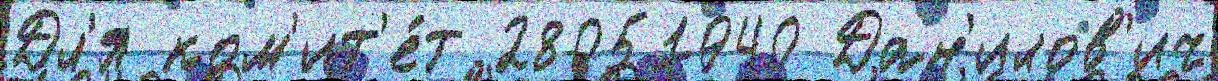
Дл'я ком'ит'е́т 28051940 Дан'илов'ич